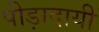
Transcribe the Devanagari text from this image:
पीड़ादायी